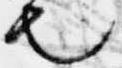
也